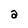
Character: a